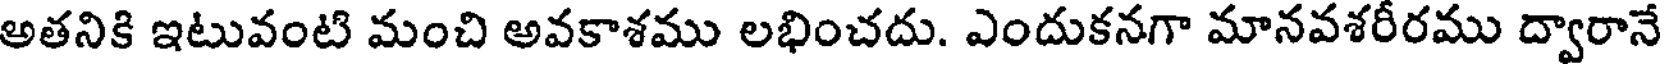
అతనికి ఇటువంటి మంచి అవకాశము లభించదు. ఎందుకనగా మానవశరీరము ద్వారానే